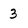
Character: 3